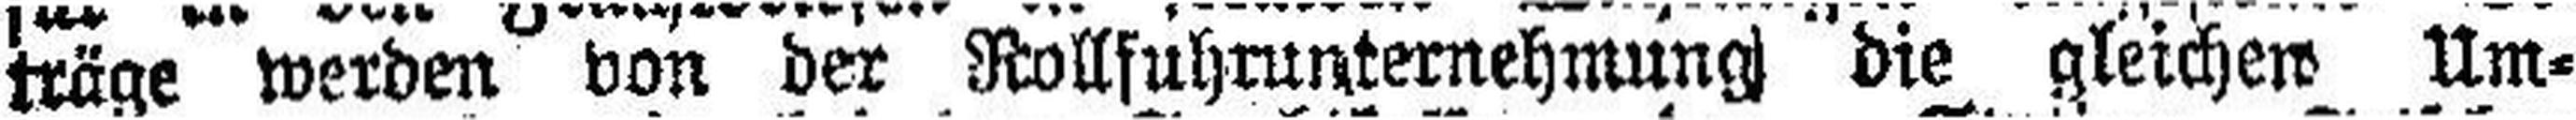
träge werden von der Rollfuhrunternehmung die gleichen, Um¬